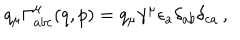
q _ { \mu } \Gamma _ { a b c } ^ { \mu } ( q , p ) = q _ { \mu } \gamma ^ { \mu } \epsilon _ { a } \delta _ { a b } \delta _ { c a } \, ,